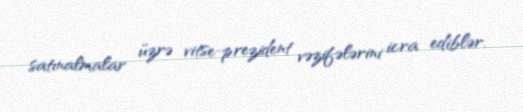
satınalmalar üzrə vitse-prezident vəzifələrini icra ediblər.